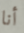
أنا